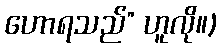
ဟောရသည်” ဟူလို။)